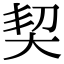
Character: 契